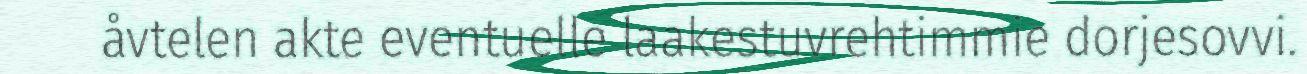
åvtelen akte eventuelle laakestuvrehtimmie dorjesovvi.